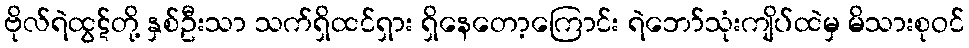
ဗိုလ်ရဲထွဋ်တို့ နှစ်ဦးသာ သက်ရှိထင်ရှား ရှိနေတော့ကြောင်း ရဲဘော်သုံးကျိပ်ထဲမှ မိသားစုဝင်